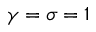
\gamma = \sigma = 1